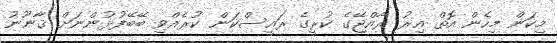
މިކަން މިހެން އޮތް އިރު ރާއްޖޭގެ ކުރީގެ ރައީސްކަން ކުރެއްވި ބޭބޭފުޅުންނަށް ޤާނޫނު